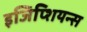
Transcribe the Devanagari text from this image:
इजिप्शियन्स